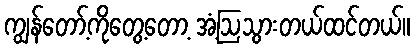
ကျွန်တော့်ကိုတွေ့တော့ အံ့ဩသွားတယ်ထင်တယ်။